Plague in India, 1896, 1897 - Volume 3
Year: 1896
Disease focus: Plague
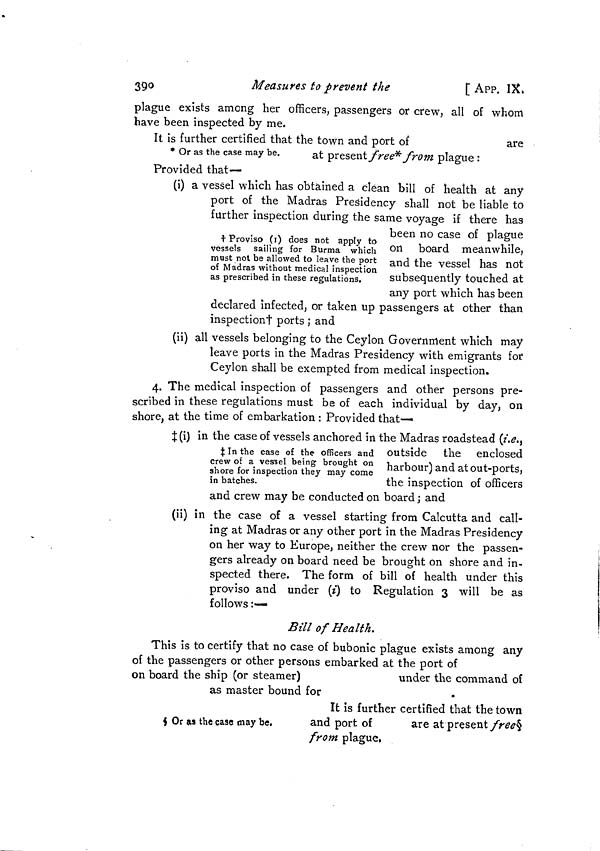
390
Measures to prevent the
[ APP. IX»
plague exists among her officers, passengers or crew, all of whom
have been inspected by me.
It is further certified that the town and port of
are
* Or as the case may be. at present free* from plague :
Provided that—
(i) a vessel which has obtained a clean bill of health at any
port of the Madras Presidency shall not be liable to
further inspection during the same voyage if there has
+ Proviso (1) does not apply to
vessels sailing for Burma which
must not be allowed to leave the port
of Madras without medical inspection
as prescribed in these regulations.
been no case of plague
on board meanwhile,
and the vessel has not
subsequently touched at
any port which has been
declared infected, or taken up passengers at other than
inspectiont ports ; and
(ii) all vessels belonging to the Ceylon Government which may
leave ports in the Madras Presidency with emigrants for
Ceylon shall be exempted from medical inspection.
4. The medical inspection of passengers and other persons pre-
scribed in these regulations must be of each individual by day, on
shore, at the time of embarkation : Provided that—
(i) in the case of vessels anchored in the Madras roadstead (i.e.,
crew of a vessel being brought on harbour) and atout-porto,
shore for inspection they may come
r
in batches.
the inspection of officers
and crew may be conducted on board ; and
(ii) in the case of a vessel starting from Calcutta and call-
ing at Madras or any other port in the Madras Presidency
on her way to Europe, neither the crew nor the passen-
gers already on board need be brought on shore and in-
spected there. The form of bill of health under this
proviso and under (i) to Regulation 3 will be as
follows :—
Bill of Health.
This is to certify that no case of bubonic plague exists among any
of the passengers or other persons embarked at the port of
on board the ship (or steamer)
under the command of
as master bound for
$ Or as the case may be.
It is further certified that the town
and port of
are at present free§
from plague,